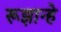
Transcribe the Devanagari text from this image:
रूझान्हे